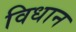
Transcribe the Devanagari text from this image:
विधान